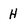
Character: H